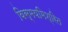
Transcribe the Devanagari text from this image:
विस्मयमिश्रित